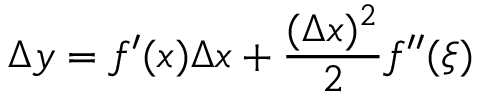
\Delta y = f ^ { \prime } ( x ) \Delta x + { \frac { ( \Delta x ) ^ { 2 } } { 2 } } f ^ { \prime \prime } ( \xi )